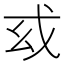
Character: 𢦙